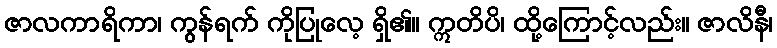
ဇာလကာရိကာ၊ ကွန်ရက် ကိုပြုလေ့ ရှိ၏။ ဣတိပိ၊ ထို့ကြောင့်လည်း။ ဇာလိနီ၊